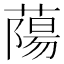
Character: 𫉤